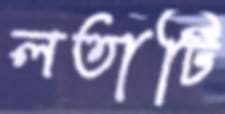
লতাটি